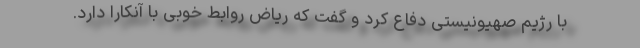
با رژیم صهیونیستی دفاع کرد و گفت که ریاض روابط خوبی با آنکارا دارد.